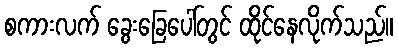
စကားလက် ခွေးခြေပေါ်တွင် ထိုင်နေလိုက်သည်။